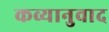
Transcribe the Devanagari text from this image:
कव्यानुवाद